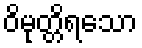
ဝိမုတ္တိရသော